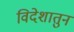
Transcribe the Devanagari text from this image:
विदेशातुन